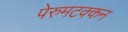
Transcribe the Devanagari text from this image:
पेरुमटक्कन